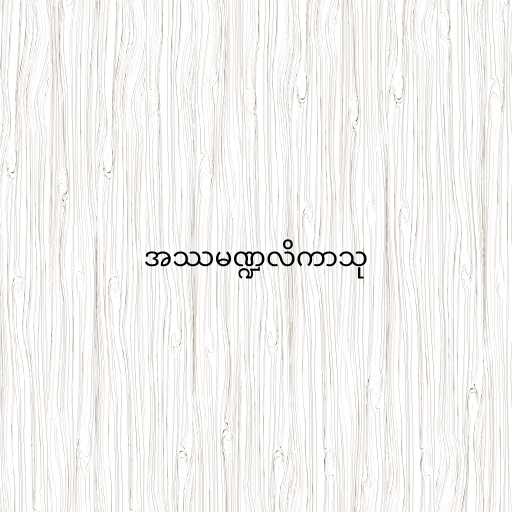
အဿမဏ္ဍလိကာသု